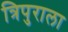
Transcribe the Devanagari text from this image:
त्रिपुराला